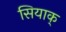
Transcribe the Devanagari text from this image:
सियाक्